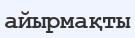
айырмақты